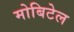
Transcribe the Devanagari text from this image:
मोबिटेल